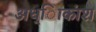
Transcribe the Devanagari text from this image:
अध्ािकांश